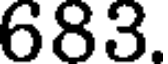
683.